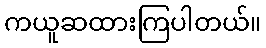
ကယူဆထားကြပါတယ်။